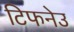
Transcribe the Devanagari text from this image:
टिफनेउ